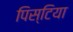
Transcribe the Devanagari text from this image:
पिस्टिया